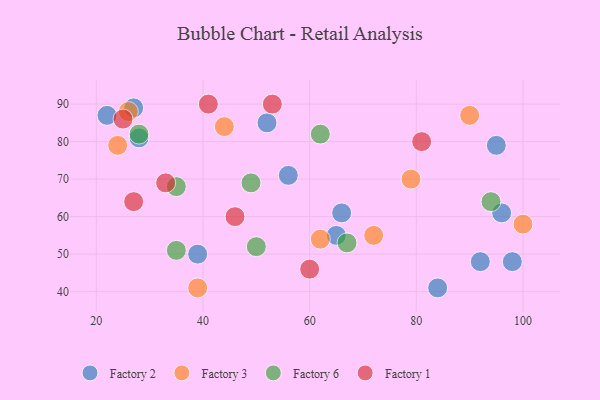
{"axis": {"x": "GDP", "y": "Life Expectancy"}, "legend": ["Factory 1", "Factory 2", "Factory 3", "Factory 6"], "data": [{"x": "92", "y": 48, "type": "Factory 2"}, {"x": "66", "y": 61, "type": "Factory 2"}, {"x": "84", "y": 41, "type": "Factory 2"}, {"x": "98", "y": 48, "type": "Factory 2"}, {"x": "27", "y": 89, "type": "Factory 2"}, {"x": "39", "y": 50, "type": "Factory 2"}, {"x": "28", "y": 81, "type": "Factory 2"}, {"x": "95", "y": 79, "type": "Factory 2"}, {"x": "52", "y": 85, "type": "Factory 2"}, {"x": "56", "y": 71, "type": "Factory 2"}, {"x": "22", "y": 87, "type": "Factory 2"}, {"x": "96", "y": 61, "type": "Factory 2"}, {"x": "65", "y": 55, "type": "Factory 2"}, {"x": "72", "y": 55, "type": "Factory 3"}, {"x": "79", "y": 70, "type": "Factory 3"}, {"x": "39", "y": 41, "type": "Factory 3"}, {"x": "100", "y": 58, "type": "Factory 3"}, {"x": "26", "y": 88, "type": "Factory 3"}, {"x": "44", "y": 84, "type": "Factory 3"}, {"x": "90", "y": 87, "type": "Factory 3"}, {"x": "62", "y": 54, "type": "Factory 3"}, {"x": "24", "y": 79, "type": "Factory 3"}, {"x": "28", "y": 82, "type": "Factory 6"}, {"x": "62", "y": 82, "type": "Factory 6"}, {"x": "67", "y": 53, "type": "Factory 6"}, {"x": "35", "y": 68, "type": "Factory 6"}, {"x": "94", "y": 64, "type": "Factory 6"}, {"x": "50", "y": 52, "type": "Factory 6"}, {"x": "49", "y": 69, "type": "Factory 6"}, {"x": "35", "y": 51, "type": "Factory 6"}, {"x": "81", "y": 80, "type": "Factory 1"}, {"x": "60", "y": 46, "type": "Factory 1"}, {"x": "46", "y": 60, "type": "Factory 1"}, {"x": "41", "y": 90, "type": "Factory 1"}, {"x": "25", "y": 86, "type": "Factory 1"}, {"x": "33", "y": 69, "type": "Factory 1"}, {"x": "27", "y": 64, "type": "Factory 1"}, {"x": "53", "y": 90, "type": "Factory 1"}]}